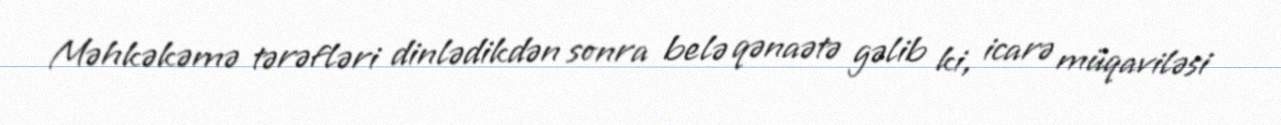
Məhkəkəmə tərəfləri dinlədikdən sonra belə qənaətə gəlib ki, icarə müqaviləsi